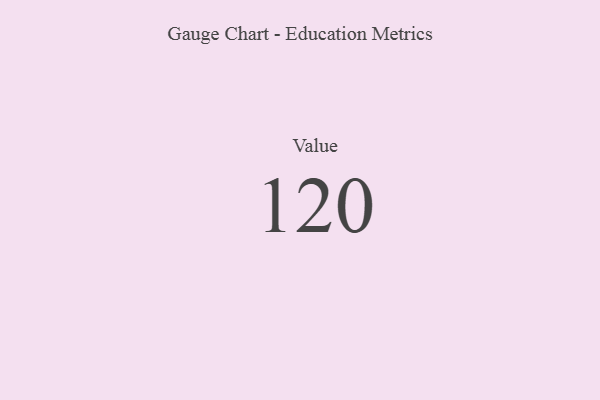
{"axis": {"x": "Metric", "y": "Value"}, "legend": [""], "data": [{"x": "Value", "y": 120, "type": ""}]}